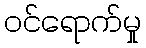
ဝင်ရောက်မှု